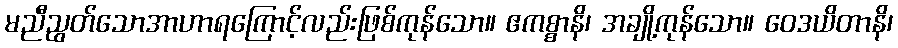
မညီညွတ်သောအာဟာရကြောင့်လည်းဖြစ်ကုန်သော။ ဧကစ္စာနိ၊ အချို့ကုန်သော။ ဝေဒယိတာနိ၊